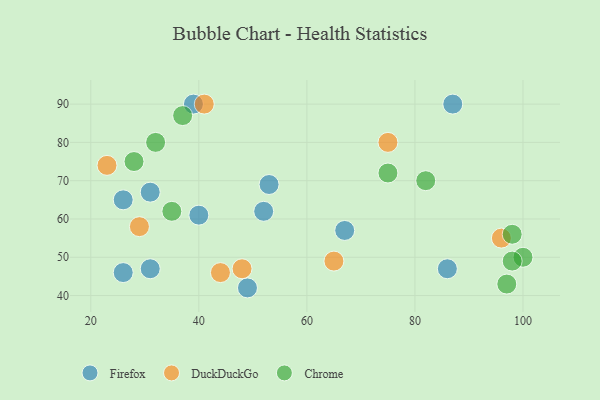
{"axis": {"x": "GDP", "y": "Life Expectancy"}, "legend": ["Chrome", "DuckDuckGo", "Firefox"], "data": [{"x": "49", "y": 42, "type": "Firefox"}, {"x": "86", "y": 47, "type": "Firefox"}, {"x": "67", "y": 57, "type": "Firefox"}, {"x": "52", "y": 62, "type": "Firefox"}, {"x": "87", "y": 90, "type": "Firefox"}, {"x": "31", "y": 47, "type": "Firefox"}, {"x": "31", "y": 67, "type": "Firefox"}, {"x": "39", "y": 90, "type": "Firefox"}, {"x": "26", "y": 46, "type": "Firefox"}, {"x": "53", "y": 69, "type": "Firefox"}, {"x": "40", "y": 61, "type": "Firefox"}, {"x": "26", "y": 65, "type": "Firefox"}, {"x": "75", "y": 80, "type": "DuckDuckGo"}, {"x": "41", "y": 90, "type": "DuckDuckGo"}, {"x": "48", "y": 47, "type": "DuckDuckGo"}, {"x": "44", "y": 46, "type": "DuckDuckGo"}, {"x": "29", "y": 58, "type": "DuckDuckGo"}, {"x": "65", "y": 49, "type": "DuckDuckGo"}, {"x": "23", "y": 74, "type": "DuckDuckGo"}, {"x": "96", "y": 55, "type": "DuckDuckGo"}, {"x": "32", "y": 80, "type": "Chrome"}, {"x": "28", "y": 75, "type": "Chrome"}, {"x": "37", "y": 87, "type": "Chrome"}, {"x": "98", "y": 56, "type": "Chrome"}, {"x": "35", "y": 62, "type": "Chrome"}, {"x": "100", "y": 50, "type": "Chrome"}, {"x": "82", "y": 70, "type": "Chrome"}, {"x": "75", "y": 72, "type": "Chrome"}, {"x": "98", "y": 49, "type": "Chrome"}, {"x": "97", "y": 43, "type": "Chrome"}]}